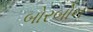
બોરબોન